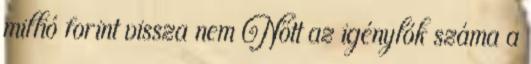
millió forint vissza nem Nőtt az igénylők száma a